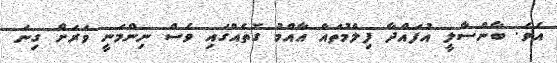
އެވެ. ބާންސާލީ އުފައްދާ ފިލްމުތައް އާއްމު ގޮތެއްގައި ވެސް ނިންމަނީ ވަރަށް ގިނަ